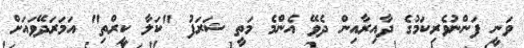
ވަނީ ފަންނުވެރިކަމުގެ ދާއިރާއިން ދެވޭ އެންމެ މަތީ ޝަރަފު "ކަލާ ކީރްތި" އަމަރަދޭވައަށް